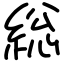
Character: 総